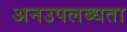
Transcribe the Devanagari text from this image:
अनउपलब्धता